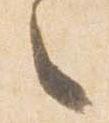
々